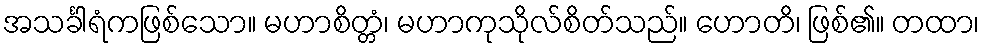
အသင်္ခါရံကဖြစ်သော။ မဟာစိတ္တံ၊ မဟာကုသိုလ်စိတ်သည်။ ဟောတိ၊ ဖြစ်၏။ တထာ၊